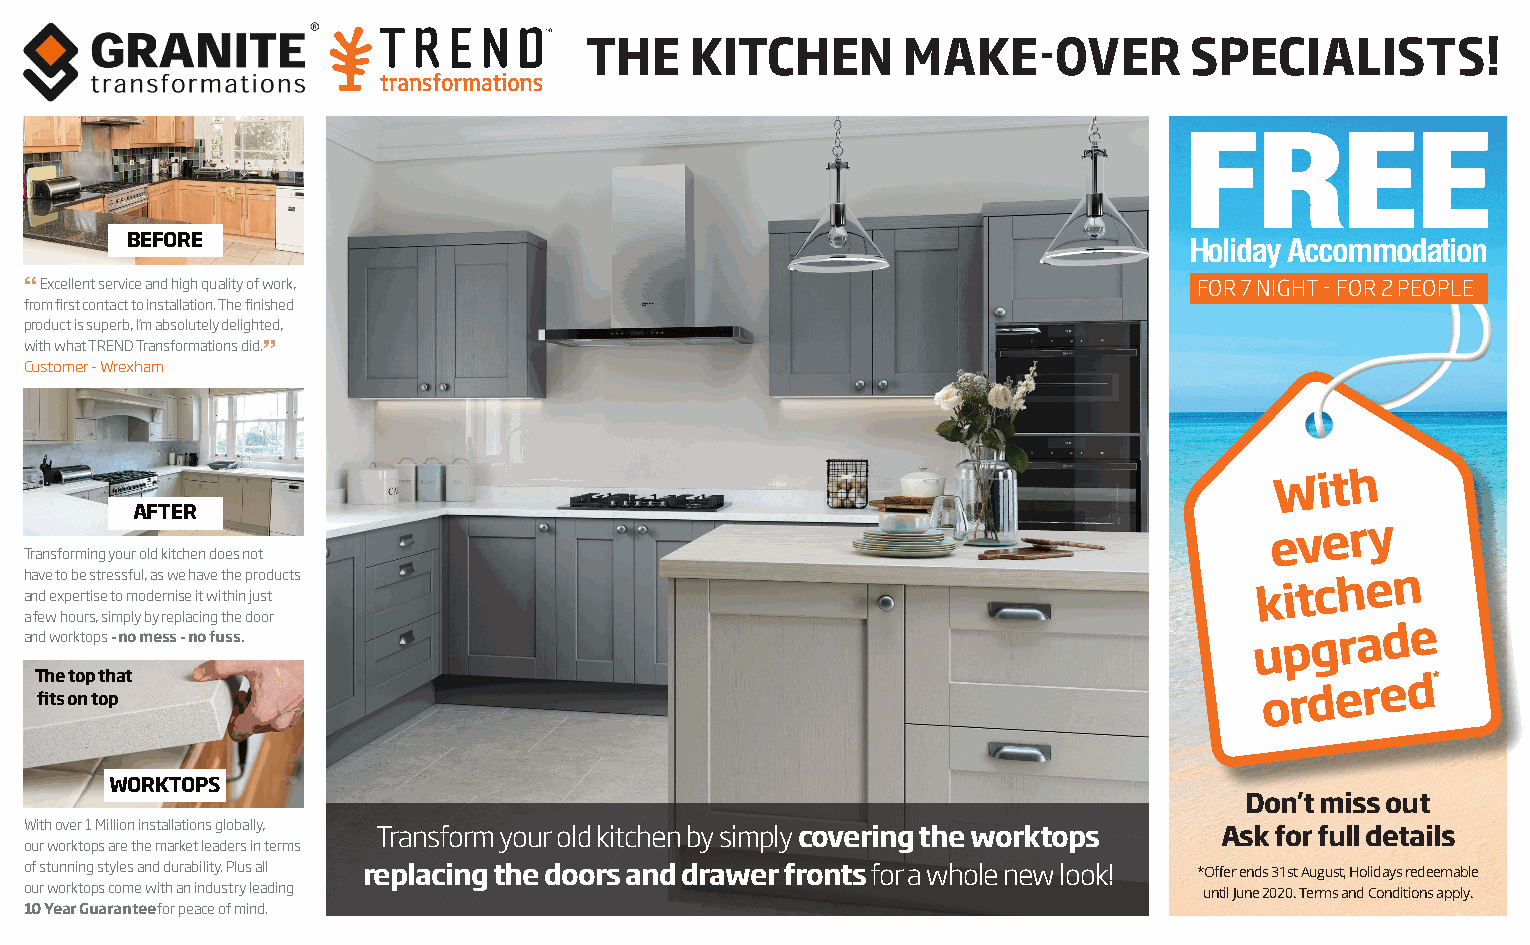
THE    KITCHEN       MAKE-OVER          SPECIALISTS!
 FREE
 BEFORE                                                                 Holiday Accommodation
 “ Excellent service and high quality of work,                                FOR 7 NIGHT - FOR 2 PEOPLE
 from first contact to installation. The finished
 product is superb, I’m absolutely delighted,
 with what TREND Transformations did.”
 Customer - Wrexham
 With
 AFTER
 every
 Transforming your old kitchen does not
 h anav de
 e
 t xo
 p
 b ee
 rt
 s ist ere ts os mfu ol,
 d
 a es
 r
 w nie
 se
 h ia
 t
 v we
 i
 tt hh ie
 n
 p juro sd
 t
 u cts                                                            kitchen
 a few hours, simply by replacing the door
 and worktops - no mess - no fuss.
 upgrade
 T fih te
 s
 oto np
 t
 oth pat                                                                       ordered*
 WORKTOPS
 Don’t miss out
 With over 1 Million installations globally,
 Transform your old kitchen by simply covering the worktops Ask for full details
 our worktops are the market leaders in terms
 of stunning styles and durability. Plus all replacing the doors and drawer fronts for a whole new look! *Offer ends 31st August, Holidays redeemable
 our worktops come with an industry leading                                    until June 2020. Terms and Conditions apply.
 10 Year Guarantee for peace of mind.